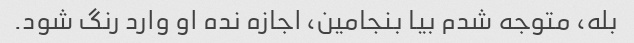
بله، متوجه شدم بیا بنجامین، اجازه نده او وارد رنگ شود.